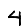
Digit: 4